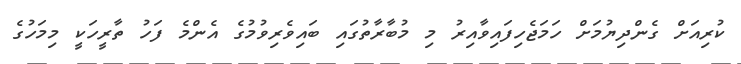
ކުރިއަށް ގެންދިޔުމަށް ހަމަޖެހިފައިވާއިރު މި މުބާރާތުގައި ބައިވެރިވުމުގެ އެންމެ ފަހު ތާރީހަކީ މިމަހުގެ